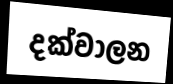
දක්වාලන